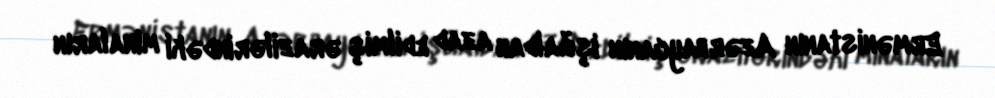
Ermənistanın Azərbaycanın işğaldan azad edilmiş ərazilərindəki minaların